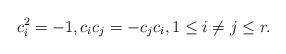
LaTeX: \begin{align*}c_i^2=-1, c_ic_j=-c_jc_i, 1\leq i\neq j\leq r.\end{align*}